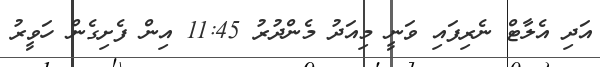
އަދި އެލާޓް ނެރިފައި ވަނީ މިއަދު މެންދުރު 11:45 އިން ފެށިގެން ހަވީރު